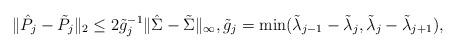
LaTeX: \begin{align*} \|\hat P_j-\tilde P_j\|_2\leq 2\tilde g_j^{-1}\|\hat \Sigma-\tilde \Sigma\|_\infty,\tilde g_j=\min(\tilde \lambda_{j-1}-\tilde\lambda_j,\tilde\lambda_j-\tilde\lambda_{j+1}),\end{align*}